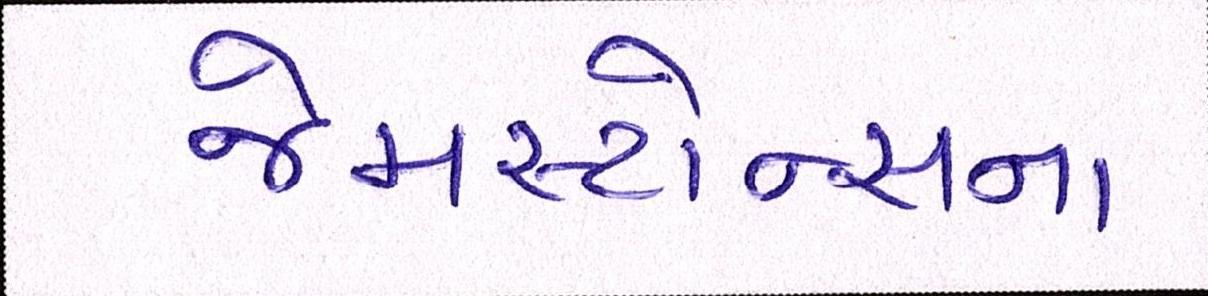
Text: જેમસ્ટોન્સના